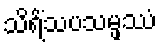
သိရိံသပသမ္ဖဿံ